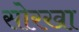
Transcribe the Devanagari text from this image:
सोरखा